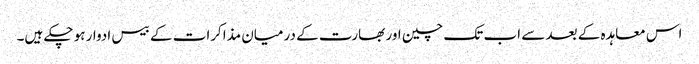
اس معاہدہ کے بعد سے اب تک چین اور بھارت کے درمیان مذاکرات کے بیس ادوار ہو چکے ہیں۔